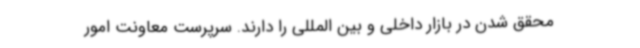
محقق شدن در بازار داخلی و بین المللی را دارند. سرپرست معاونت امور